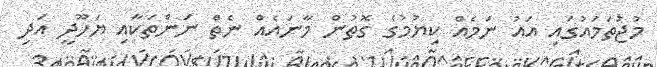
މުޖުތަމައުގައި އައު ނަމެއް ކިޔުމުގެ ގޮތުން މާނައެއް ނެތް ނަންތަކާއި ޔަހޫދީ އަދި